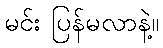
မင်း ပြန်မလာနဲ့။